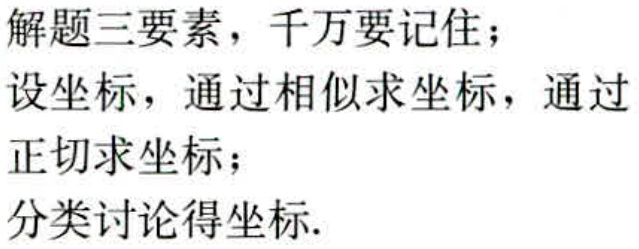
解题三要素，千万要记住；
设坐标，通过相似求坐标，通过
正切求坐标；
分类讨论得坐标.